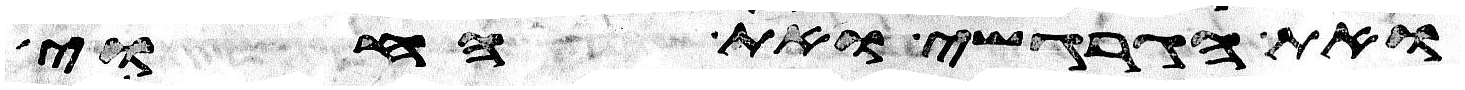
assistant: ואת הגרגשי ואת החוי